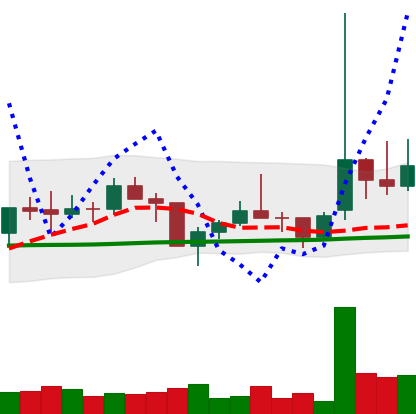
Ticker: TRX-USD
Chart end date: 2021-02-01
Forward return: 6.618%
Label: up_5_7